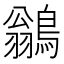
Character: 鶲